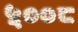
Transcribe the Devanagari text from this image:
५००८